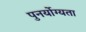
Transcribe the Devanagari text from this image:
पुनर्योग्यता